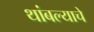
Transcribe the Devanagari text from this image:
थांबल्याचे